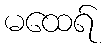
မထေရ်